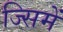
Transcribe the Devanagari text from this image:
ज्सिमें